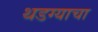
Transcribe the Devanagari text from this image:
थडग्याचा